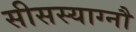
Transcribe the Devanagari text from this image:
सीसस्याग्नौ